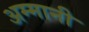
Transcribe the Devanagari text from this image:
अम्मानी